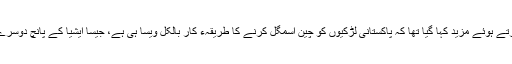
اس رپورٹ میں خبردار کرتے ہوئے مزید کہا گیا تھا کہ پاکستانی لڑکیوں کو چین اسمگل کرنے کا طریقہء کار بالکل ویسا ہی ہے، جیسا ایشیا کے پانچ دوسرے ممالک میں اپنایا گیا ہے۔